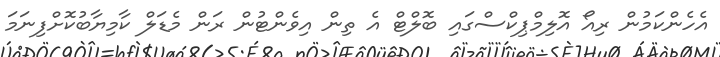
އެހެންކަމުން ރިއޯ އޮލިމްޕިކްސްގައި ބޮލްޓް އެ ތިން އިވެންޓުން ރަން މެޑަލް ކާމިޔާބުކޮށްފިނަމަ